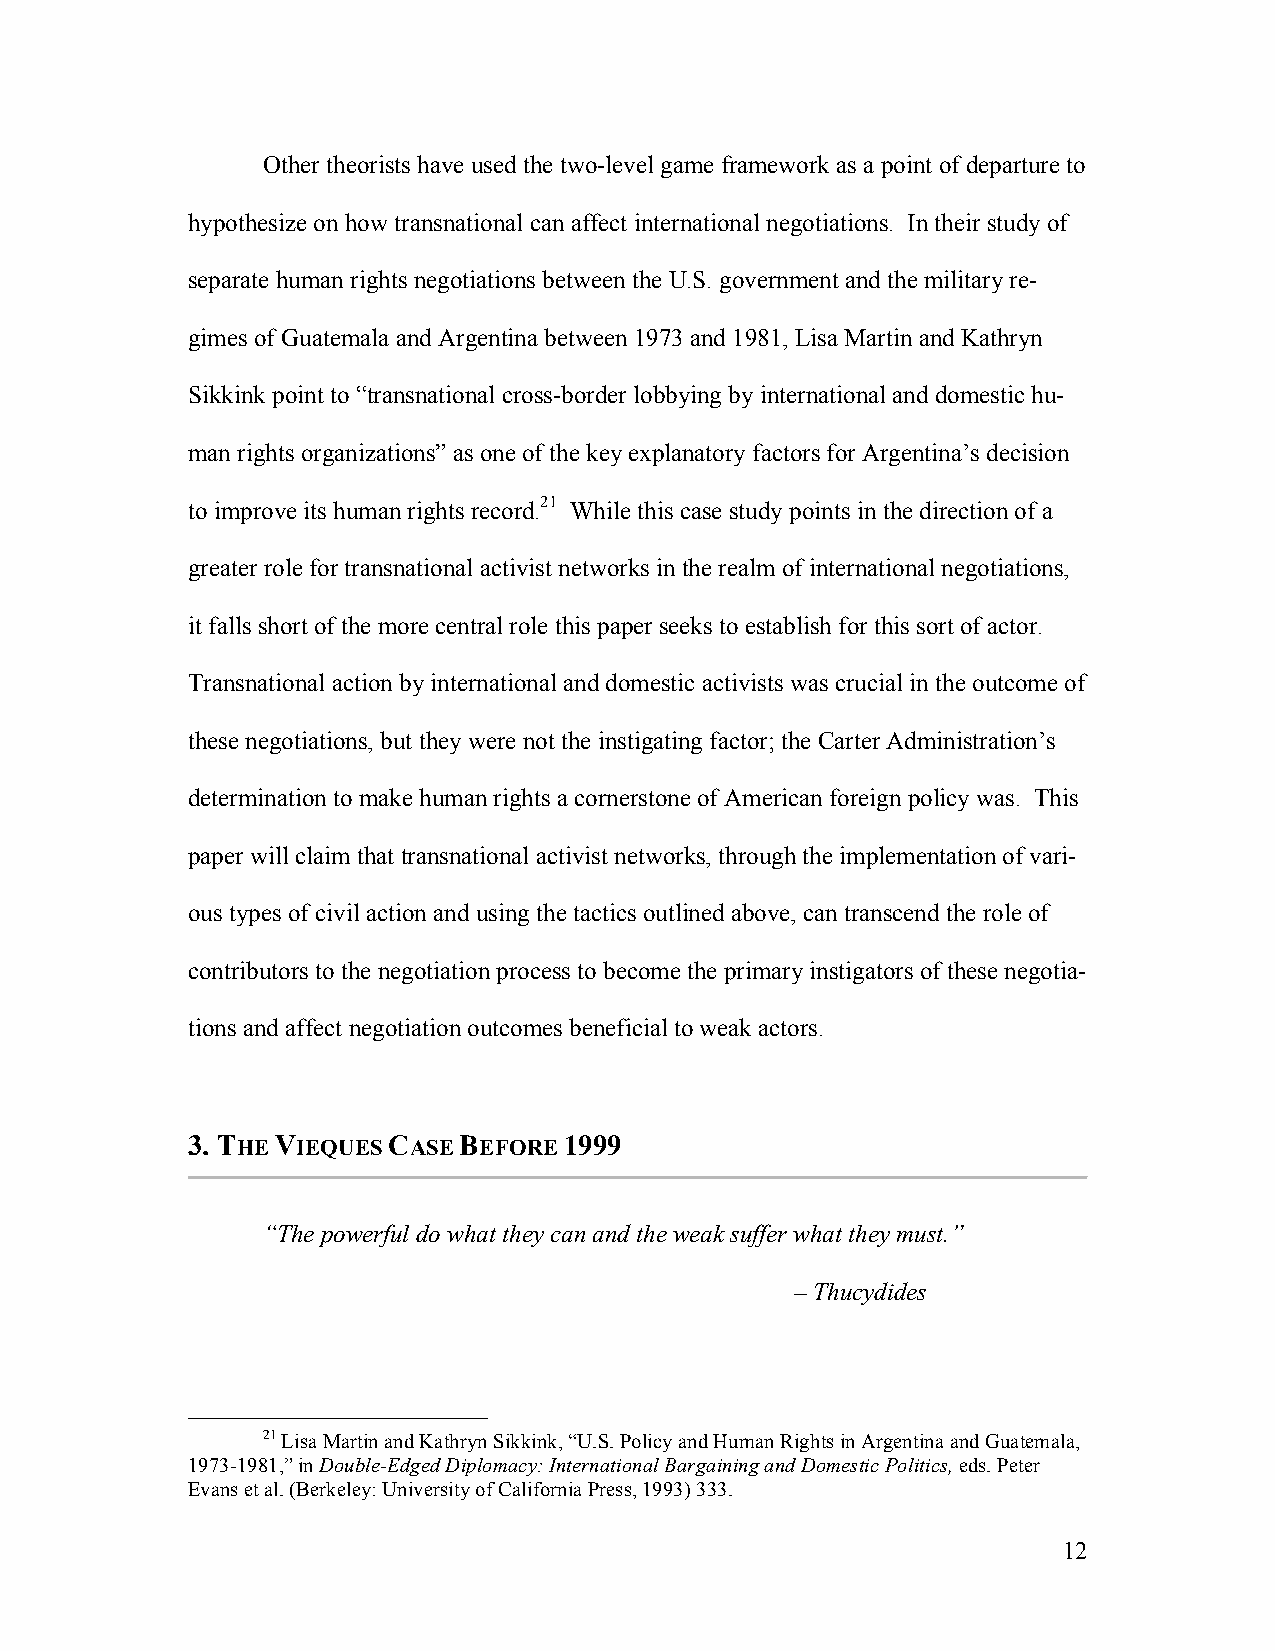
Other theorists have used the two-level game framework as a point of departure to
 hypothesize on how transnational can affect international negotiations. In their study of
 separate human rights negotiations between the U.S. government and the military re-
 gimes of Guatemala and Argentina between 1973 and 1981, Lisa Martin and Kathryn
 Sikkink point to “transnational cross-border lobbying by international and domestic hu-
 man rights organizations” as one of the key explanatory factors for Argentina’s decision
 to improve its human rights record.21 While this case study points in the direction of a
 greater role for transnational activist networks in the realm of international negotiations,
 it falls short of the more central role this paper seeks to establish for this sort of actor.
 Transnational action by international and domestic activists was crucial in the outcome of
 these negotiations, but they were not the instigating factor; the Carter Administration’s
 determination to make human rights a cornerstone of American foreign policy was. This
 paper will claim that transnational activist networks, through the implementation of vari-
 ous types of civil action and using the tactics outlined above, can transcend the role of
 contributors to the negotiation process to become the primary instigators of these negotia-
 tions and affect negotiation outcomes beneficial to weak actors.
 3. THE VIEQUES CASE BEFORE 1999
 “The powerful do what they can and the weak suffer what they must.”
 – Thucydides
 21 Lisa Martin and Kathryn Sikkink, “U.S. Policy and Human Rights in Argentina and Guatemala,
 1973-1981,” in Double-Edged Diplomacy: International Bargaining and Domestic Politics, eds. Peter
 Evans et al. (Berkeley: University of California Press, 1993) 333.
 12